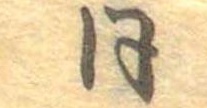
同